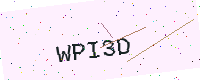
Text: WPI3D